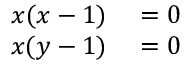
\begin{array} { r l } { x ( x - 1 ) } & { { } = 0 } \\ { x ( y - 1 ) } & { { } = 0 } \end{array}